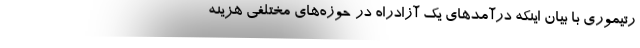
رتیموری با بیان اینکه درآمدهای یک آزادراه در حوزه‌های مختلفی هزینه